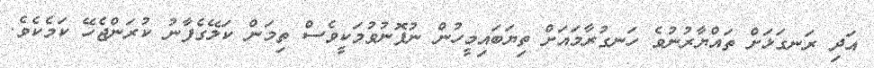
އަދި ރަނގަޅަށް ތައްޔާރުނުވެ ހަނގުރާމައަށް ތިޔަބައިމީހުން ނުފޮނުވުމަކީވެސް ތިމަން ކަލޭގެފާނު ކުރަންޖެހޭ ކަމެކެވެ.